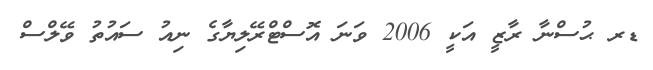
ޑރ ޙުސްނާ ރާޒީ އަކީ 2006 ވަނަ އޮސްޓްރޭލިޔާގެ ނިއު ސައުތު ވޭލްސް